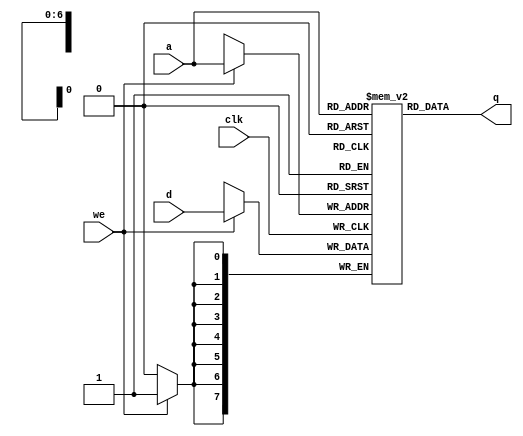
module ram_single(q, a, d, we, clk);
		output[7:0] q;
		input [7:0] d;
		input [6:0] a;
		input we, clk;
		reg [7:0] mem [127:0];
		assign q = mem[a];
		always @(posedge clk) begin
		if (we)
		mem[a] <= d;
end
endmodule